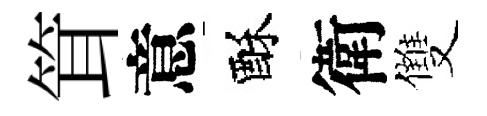
䇯意酥衛雙